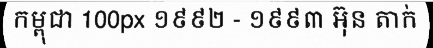
កម្ពុជា 100px ១៩៩២ - ១៩៩៣ អ៊ុន តាក់